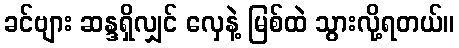
ခင်ဗျား ဆန္ဒရှိလျှင် လှေနဲ့ မြစ်ထဲ သွားလို့ရတယ်။